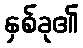
နှစ်ခု၏